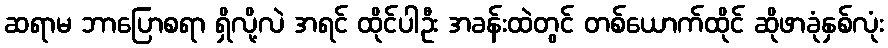
ဆရာမ ဘာပြောစရာ ရှိလို့လဲ အရင် ထိုင်ပါဦး အခန်းထဲတွင် တစ်ယောက်ထိုင် ဆိုဖာခုံနှစ်လုံး